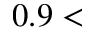
0 . 9 <